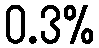
0.3%